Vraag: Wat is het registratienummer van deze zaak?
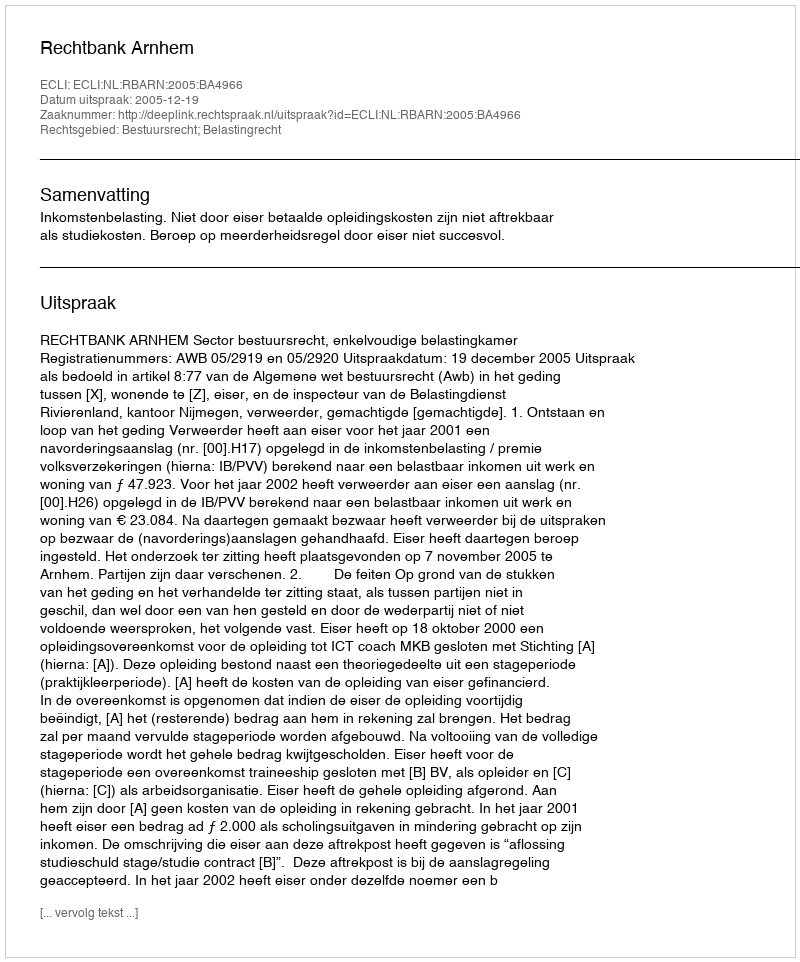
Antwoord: http://deeplink.rechtspraak.nl/uitspraak?id=ECLI:NL:RBARN:2005:BA4966